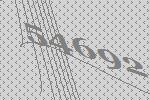
54692